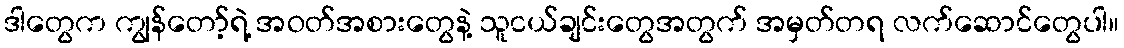
ဒါတွေက ကျွန်တော့်ရဲ့ အဝတ်အစားတွေနဲ့ သူငယ်ချင်းတွေအတွက် အမှတ်တရ လက်ဆောင်တွေပါ။